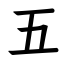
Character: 五